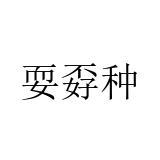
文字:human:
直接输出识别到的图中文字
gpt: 耍孬种